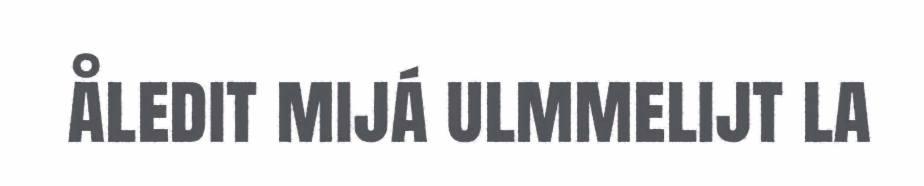
åledit mijá ulmmelijt la